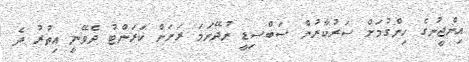
އިންޖީނުގެ ހިންގުމަށް ސަރުކާރުން ސަބްސިޑީ ނުދޭނަމަ ރަށަށް ކަރަންޓު ދެވޭނީ އިތުރު ދެ